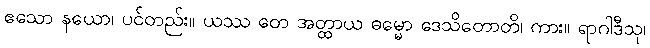
ဧသော နယော၊ ပင်တည်း။ ယဿ တေ အတ္ထာယ ဓမ္မော ဒေသိတောတိ၊ ကား။ ရာဂါဒီသု၊